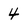
Character: 4